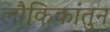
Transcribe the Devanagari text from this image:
लौकिकांतुन